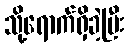
သို့ရောက်ရှိခဲ့ပြီး